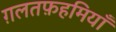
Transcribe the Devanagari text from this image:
ग़लतफ़हमियाँ